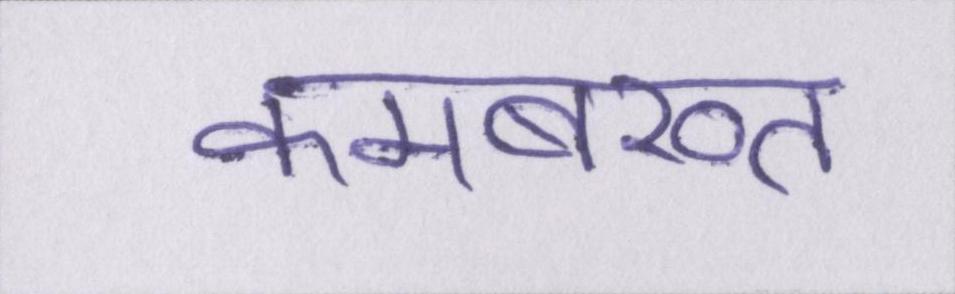
कमबख्त